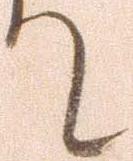
て